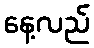
နေ့လည်